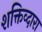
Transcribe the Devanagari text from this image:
शक्तिव्दारा